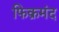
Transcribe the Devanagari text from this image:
फिक्रमंद